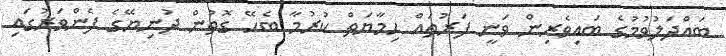
ބައްދަލުވުމުގެ ބައިވެރިން ވަނީ ފަރުތައް ހިމާޔަތް ކުރުމާ ބެހޭ ގޮތުން ދުނިޔޭގެ ފެންވަރުގައި